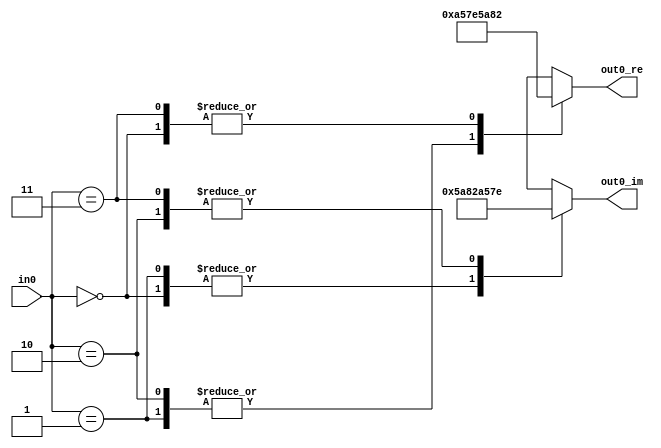
// -------------------------------------------------------------
// 
// 
// Generated by MATLAB 8.2 and HDL Coder 3.3
// 
// -------------------------------------------------------------


// -------------------------------------------------------------
// 
// Module: QPSK_Modulator
// Source Path: qpskhdltest/QPSK Modulator
// Hierarchy Level: 0
// 
// -------------------------------------------------------------

`timescale 1 ns / 1 ns

module QPSK_Modulator
          (
           in0,
           out0_re,
           out0_im
          );


  input   [1:0] in0;  // ufix2
  output  signed [15:0] out0_re;  // sfix16_En15
  output  signed [15:0] out0_im;  // sfix16_En15

  parameter signed [15:0] t1_re_0 = 23170;  // sfix16
  parameter signed [15:0] t1_re_1 = -23170;  // sfix16
  parameter signed [15:0] t1_re_2 = -23170;  // sfix16
  parameter signed [15:0] t1_re_3 = 23170;  // sfix16
  parameter signed [15:0] t1_im_0 = 23170;  // sfix16
  parameter signed [15:0] t1_im_1 = 23170;  // sfix16
  parameter signed [15:0] t1_im_2 = -23170;  // sfix16
  parameter signed [15:0] t1_im_3 = -23170;  // sfix16

  wire [1:0] constellationLUTaddress;  // ufix2
  wire signed [15:0] constellationLUT_t1_re [0:3];  // sfix16_En15 [4]
  wire signed [15:0] constellationLUT_t1_im [0:3];  // sfix16_En15 [4]


  assign constellationLUTaddress = in0;



  assign constellationLUT_t1_re[0] = t1_re_0;
  assign constellationLUT_t1_re[1] = t1_re_1;
  assign constellationLUT_t1_re[2] = t1_re_2;
  assign constellationLUT_t1_re[3] = t1_re_3;
  assign constellationLUT_t1_im[0] = t1_im_0;
  assign constellationLUT_t1_im[1] = t1_im_1;
  assign constellationLUT_t1_im[2] = t1_im_2;
  assign constellationLUT_t1_im[3] = t1_im_3;
  assign out0_re = constellationLUT_t1_re[constellationLUTaddress];
  assign out0_im = constellationLUT_t1_im[constellationLUTaddress];



endmodule  // QPSK_Modulator